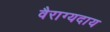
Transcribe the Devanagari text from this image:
वैराग्यदाय